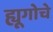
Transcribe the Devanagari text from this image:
ह्यूगोचे